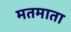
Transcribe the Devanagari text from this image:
मतमाता